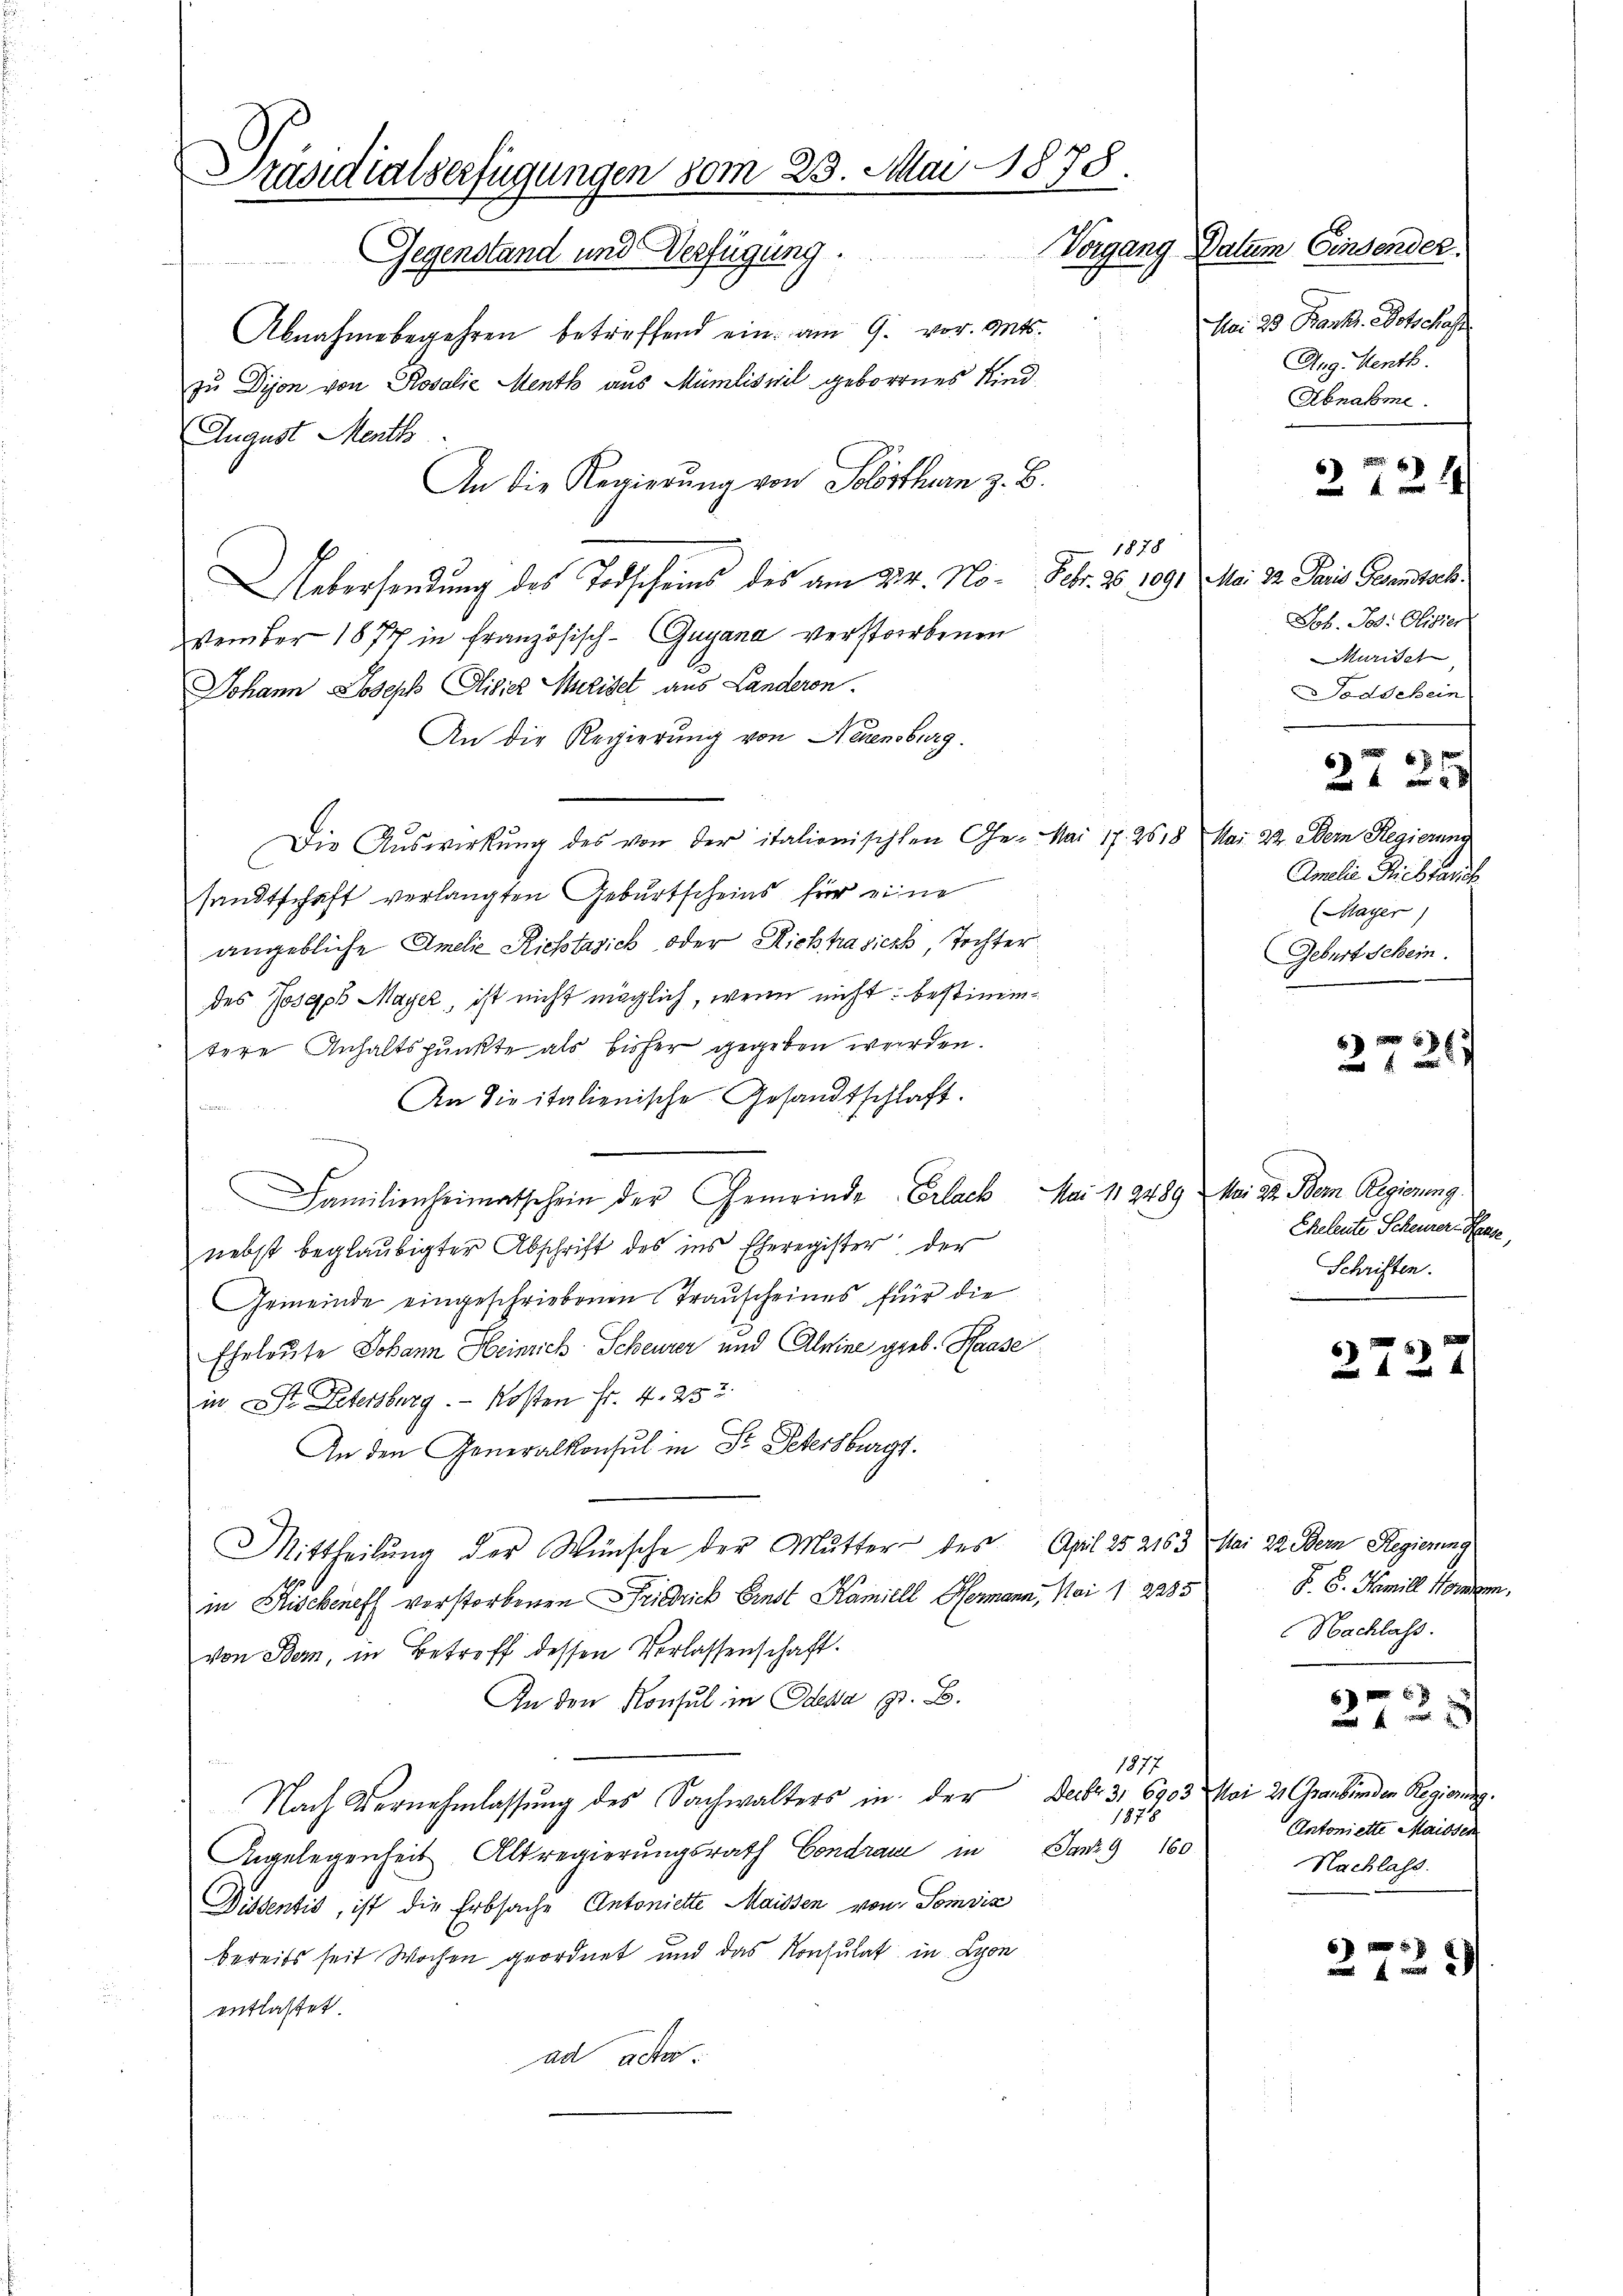
.
räsidialverfügungen vom 23. Mai 1878.
Vorgang Datum Einsender
Gegenstand und Verfügung.

Abnahmebegehren betreffend ein am 9. vor. Mts.
zu Dijon von Rosalie Menth aus Mumlisvil geborenes Kind
August Menth
An die Regierung von Solothurn z. B.
1878
Uebersendung des Todscheins des am 224. No¬ Febr. 25, 1091 Mai 22. Paris Gantack
vtember 1877 in französisch-Guyana verstorbenen
Johann Joseph Elisiez Meiset aus Landeren.
An die Regierung von Neuensburg
Die Auswirkung des von der italionischten Ge- Mai 17. 2618 Mai 22. Dem Regierung
sandtschaft verlangten Geburtscheins für eine
angebliche Amelie Richtasich oder Richtrasiert, Tochter
des Joseph Mayer, ist nicht möglich, wenn nicht bestimmtere Anhaltspunkte als bisher gegeben werden.
An die italienische Gesandtschlaft.
Familienheimatschein der Gemeinde Erlack, Mai 11 2489 Mai d. Bem Regierung.
nebst beglaubigter Abschrift des ins Eheregister der
Gemeinde eingeschriebenen Transcheines für die
Eheleute Johann Heinrich Scheurer und Alpine gieb. Hasse
in St. Petersburg. - Kosten Fr. 4. 252.
An den Generalkonsul in Dr. Petersburgs
Mittheilung der Wünsche der Mutter des April 25 2163 Mai 22. Bern Regierung
in Kischeneff verstorbenen Friedrich Ernst Kamiell Hermann, Mai 12285
von Bern, in Betreff dessen Verlassenschaft.
In den Konsul in Odessa pr. B.
1877
Nach Vernehmlassung des Sachwalters in der Decbr. 3. 6903 Mai 2 Graubünden Regierung.
1875
Angelegenheit Altregierungsrath Condran in Jan. 160
Dissentis, ist die Erbsache Antonierte Maissen von Somviz
bereits seit Wochen geordnet und das Konsulat in Lyon
entlastet.
ad ach

Mai 23 Bank. Botschaft
Aug. Menth
Abnahme.

2724

Job. Jos. Glisier
urisat
odschein
2725
Amilie Reblanch
(MMayer
Geburt Schein

204

Eheleute Scheurer Herze,
Schriften.

2727

F. S. Famill Morgen,
Nachlass.
2728
Antoniette Maissen
Nachlass.

2725